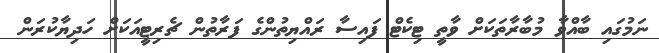
ނަމުގައި ބާއްވާ މުބާރާތަކަށް ވާތީ ޓިކެޓް ފައިސާ ރައްޔިތުންގެ ފަރާތުން ޗެރިޓީއަކަށް ހަދިޔާކުރަން